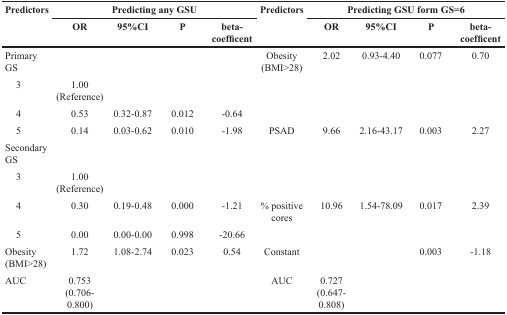
<table><thead><tr><td rowspan="2"><b>Predictors</b></td><td colspan="4"><b>Predicting any GSU</b></td><td rowspan="2"><b>Predictors</b></td><td colspan="4"><b>Predicting GSU form GS=6</b></td></tr><tr><td><b>OR</b></td><td><b>95%CI</b></td><td><b>P</b></td><td><b>beta-coefficent</b></td><td><b>OR</b></td><td><b>95%CI</b></td><td><b>P</b></td><td><b>beta-coefficent</b></td></tr></thead><tbody><tr><td>Primary GS</td><td></td><td></td><td></td><td></td><td>Obesity (BMI&gt;28)</td><td>2.02</td><td>0.93-4.40</td><td>0.077</td><td>0.70</td></tr><tr><td> 3</td><td>1.00 (Reference)</td><td></td><td></td><td></td><td></td><td></td><td></td><td></td><td></td></tr><tr><td> 4</td><td>0.53</td><td>0.32-0.87</td><td>0.012</td><td>−0.64</td><td></td><td></td><td></td><td></td><td></td></tr><tr><td> 5</td><td>0.14</td><td>0.03-0.62</td><td>0.010</td><td>−1.98</td><td>PSAD</td><td>9.66</td><td>2.16-43.17</td><td>0.003</td><td>2.27</td></tr><tr><td>Secondary GS</td><td></td><td></td><td></td><td></td><td></td><td></td><td></td><td></td><td></td></tr><tr><td> 3</td><td>1.00 (Reference)</td><td></td><td></td><td></td><td></td><td></td><td></td><td></td><td></td></tr><tr><td> 4</td><td>0.30</td><td>0.19-0.48</td><td>0.000</td><td>−1.21</td><td>% positive cores</td><td>10.96</td><td>1.54-78.09</td><td>0.017</td><td>2.39</td></tr><tr><td> 5</td><td>0.00</td><td>0.00-0.00</td><td>0.998</td><td>−20.66</td><td></td><td></td><td></td><td></td><td></td></tr><tr><td>Obesity (BMI&gt;28)</td><td>1.72</td><td>1.08-2.74</td><td>0.023</td><td>0.54</td><td>Constant</td><td></td><td></td><td>0.003</td><td>−1.18</td></tr><tr><td>AUC</td><td>0.753 (0.706-0.800)</td><td></td><td></td><td></td><td>AUC</td><td>0.727 (0.647-0.808)</td><td></td><td></td><td></td></tr></tbody></table>